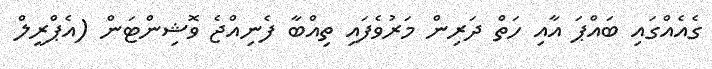
ގެއެއްގައި ބައްޕަ އާއި ހަތް ދަރިން މަރުވެފައި ތިއްބާ ފެނިއްޖެ ވޮޝިންޓަން (އެޕްރީލް